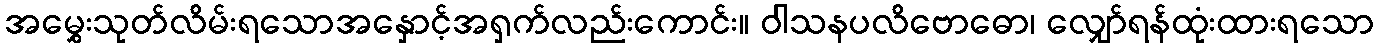
အမွှေးသုတ်လိမ်းရသောအနှောင့်အရှက်လည်းကောင်း။ ဝါသနပလိဗောဓော၊ လျှော်ရန်ထုံးထားရသော